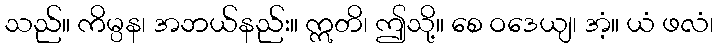
သည်။ ကိမ္ပန၊ အဘယ်နည်း။ ဣတိ၊ ဤသို့။ စေ ဝဒေယျ၊ အံ့။ ယံ ဖလံ၊